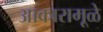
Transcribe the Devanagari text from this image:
आकारामूळे